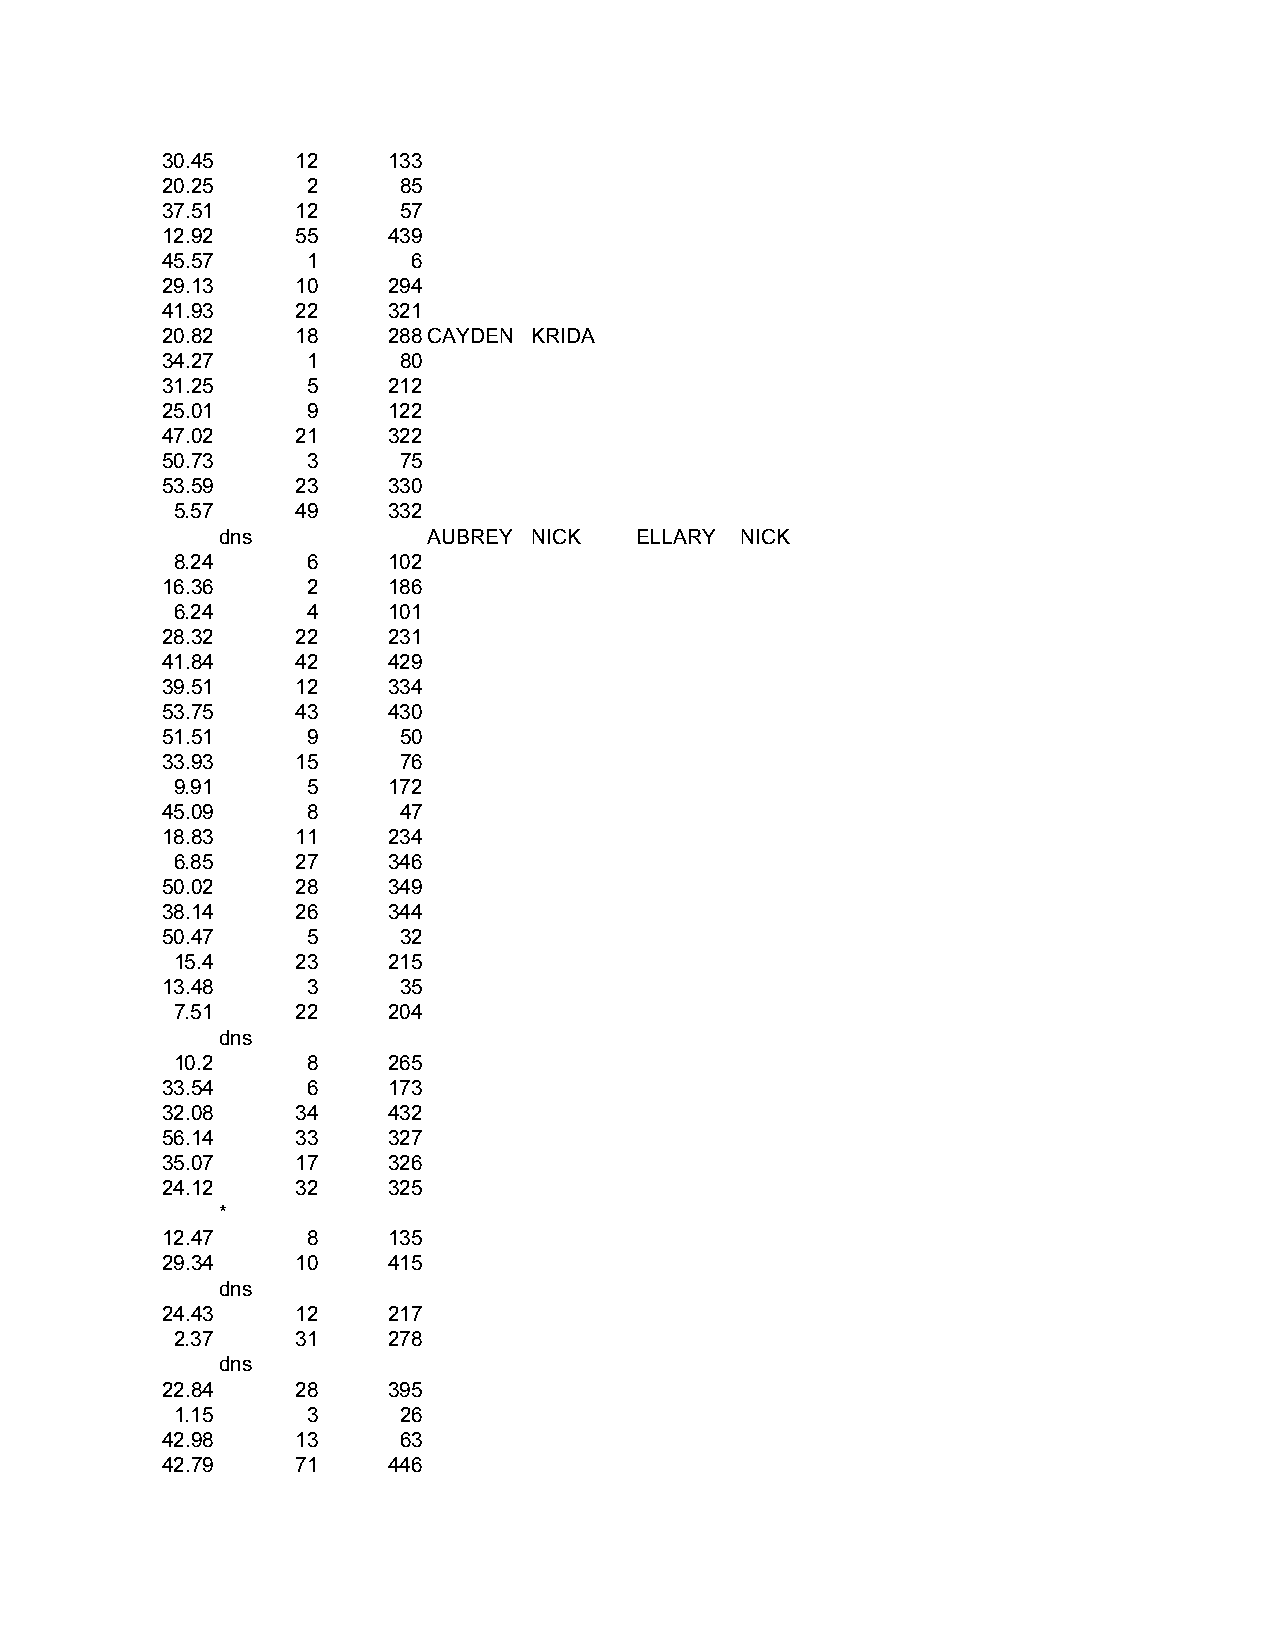
30.45    12    133
 20.25    2     85
 37.51    12    57
 12.92    55    439
 45.57    1      6
 29.13    10    294
 41.93    22    321
 20.82    18    288CAYDEN KRIDA
 34.27    1     80
 31.25    5     212
 25.01    9     122
 47.02    21    322
 50.73    3     75
 53.59    23    330
 5.57     49    332
 dns           AUBREY NICK   ELLARY NICK
 8.24     6     102
 16.36    2     186
 6.24     4     101
 28.32    22    231
 41.84    42    429
 39.51    12    334
 53.75    43    430
 51.51    9     50
 33.93    15    76
 9.91     5     172
 45.09    8     47
 18.83    11    234
 6.85     27    346
 50.02    28    349
 38.14    26    344
 50.47    5     32
 15.4     23    215
 13.48    3     35
 7.51     22    204
 dns
 10.2     8     265
 33.54    6     173
 32.08    34    432
 56.14    33    327
 35.07    17    326
 24.12    32    325
 *
 12.47    8     135
 29.34    10    415
 dns
 24.43    12    217
 2.37     31    278
 dns
 22.84    28    395
 1.15     3     26
 42.98    13    63
 42.79    71    446